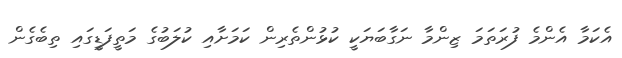
އެކަމާ އެންމެ ފުރަތަމަ ޒިންމާ ނަގާބަޔަކީ ކުޅުންތެރިން ކަމަށާއި ކުލަބުގެ މަތީފަޑީގައި ތިބެގެން